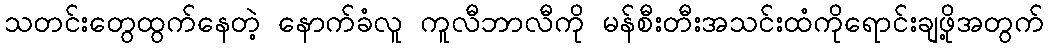
သတင်းတွေထွက်နေတဲ့ နောက်ခံလူ ကူလီဘာလီကို မန်စီးတီးအသင်းထံကိုရောင်းချဖို့အတွက်